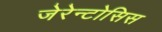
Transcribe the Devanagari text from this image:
जेरेन्टोसिस